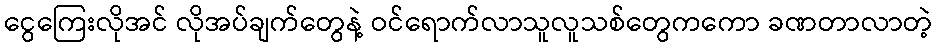
ငွေကြေးလိုအင် လိုအပ်ချက်တွေနဲ့ ဝင်ရောက်လာသူလူသစ်တွေကကော ခဏတာလာတဲ့